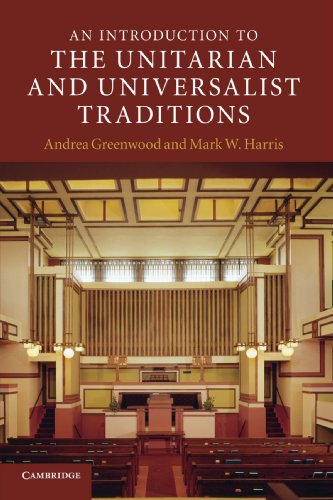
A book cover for An Introduction to the Unitarian and Universalist Traditions (Introduction to Religion); Andrea Greenwood; Religion & Spirituality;